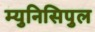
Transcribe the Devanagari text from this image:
म्युनिसिपुल